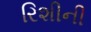
રિશીની